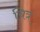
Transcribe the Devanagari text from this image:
चित्र